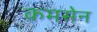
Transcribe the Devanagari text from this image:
कमसेन